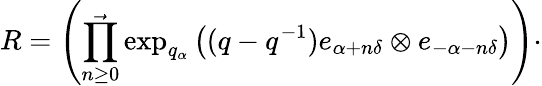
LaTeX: R=\left(\prod_{n\geq 0}^{\rightarrow}\exp_{q_{\alpha}}\left((q-q^{-1})e_{\alpha+n\delta}\otimes e_{-\alpha-n\delta}\right)\right)\cdot